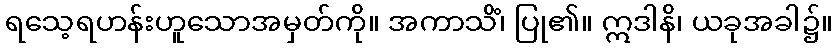
ရသေ့ရဟန်းဟူသောအမှတ်ကို။ အကာသိံ၊ ပြု၏။ ဣဒါနိ၊ ယခုအခါ၌။